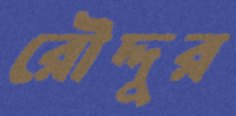
রৌদ্দুর